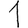
Digit: 1